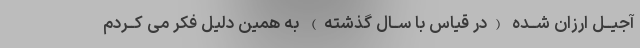
آجیــل ارزان شــده (در قیاس با ســال گذشته) به همین دلیل فکر مى کــردم